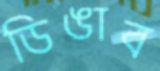
ডিঙাব